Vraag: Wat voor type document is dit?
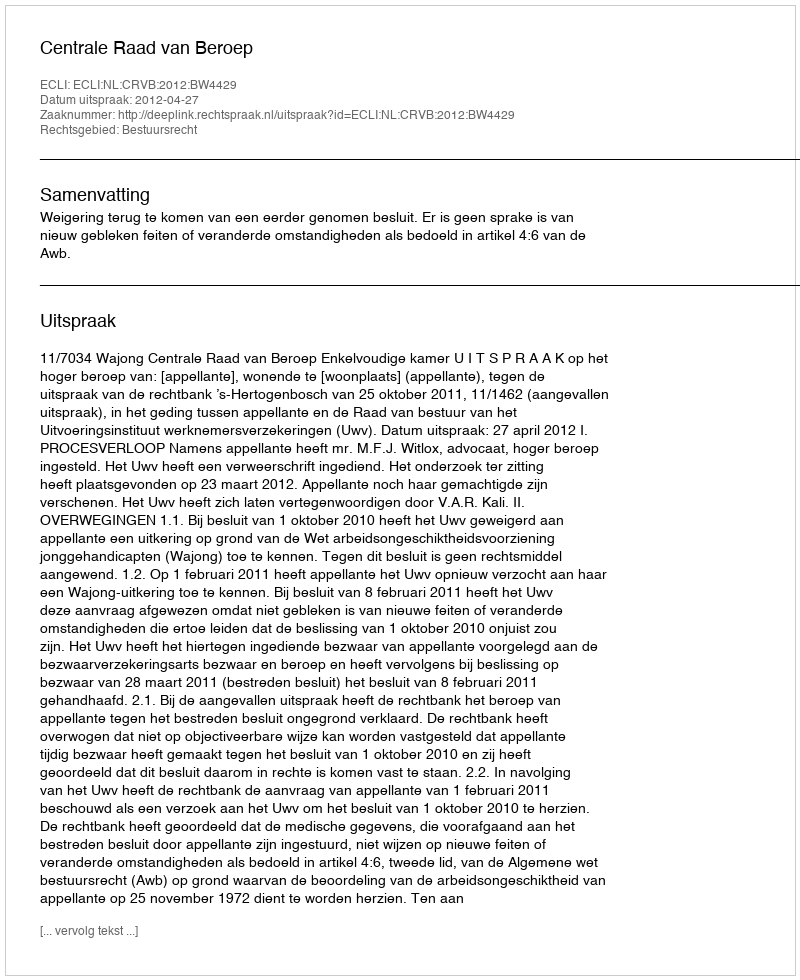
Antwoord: Uitspraak